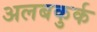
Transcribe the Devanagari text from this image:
अलबकुर्क